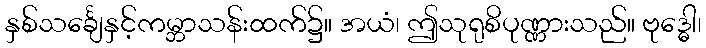
နှစ်သင်္ချေနှင့်ကမ္ဘာသန်းထက်၌။ အယံ၊ ဤသုရုစိပုဏ္ဏားသည်။ ဗုဒ္ဓေါ၊